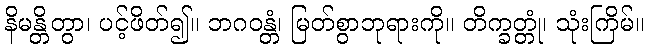
နိမန္တိတွာ၊ ပင့်ဖိတ်၍။ ဘဂဝန္တံ၊ မြတ်စွာဘုရားကို။ တိက္ခတ္တုံ၊ သုံးကြိမ်။